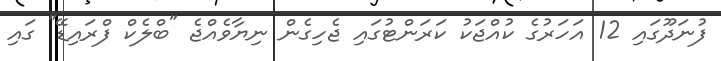
ފުނަދޫގައި 12 އަހަރުގެ ކުއްޖަކު ކަރަންޓުގައި ޖެހިގެން ނިޔާވެއްޖެ "ބްލެކް ފްރައިޑޭ" ގައި